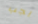
يجب